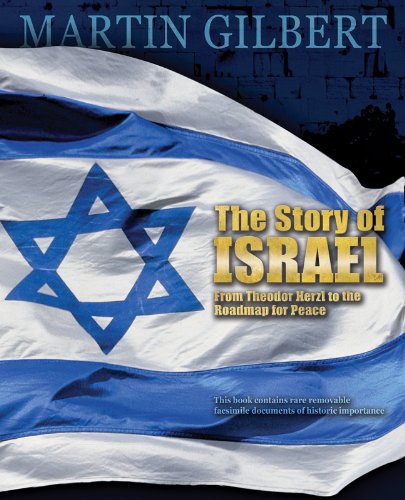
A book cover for The Story of Israel: From Theodor Herzl to the Roadmap for Peace; Martin Gilbert; History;